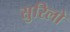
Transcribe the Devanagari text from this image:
सुरिलो